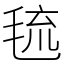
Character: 㲙